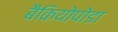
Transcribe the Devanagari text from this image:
बैकियोपोडा